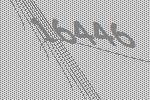
16446